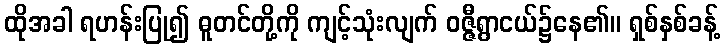
ထိုအခါ ရဟန်းပြု၍ ဓူတင်တို့ကို ကျင့်သုံးလျက် ဝဇ္ဇီရွာငယ်၌နေ၏။ ရှစ်နှစ်ခန့်